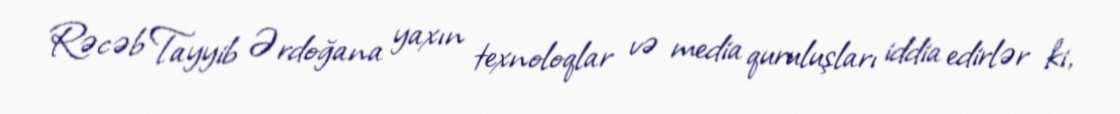
Rəcəb Tayyib Ərdoğana yaxın texnoloqlar və media quruluşları iddia edirlər ki,